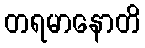
တရမာနောတိ